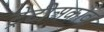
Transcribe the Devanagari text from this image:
ट्रेटीअकोव